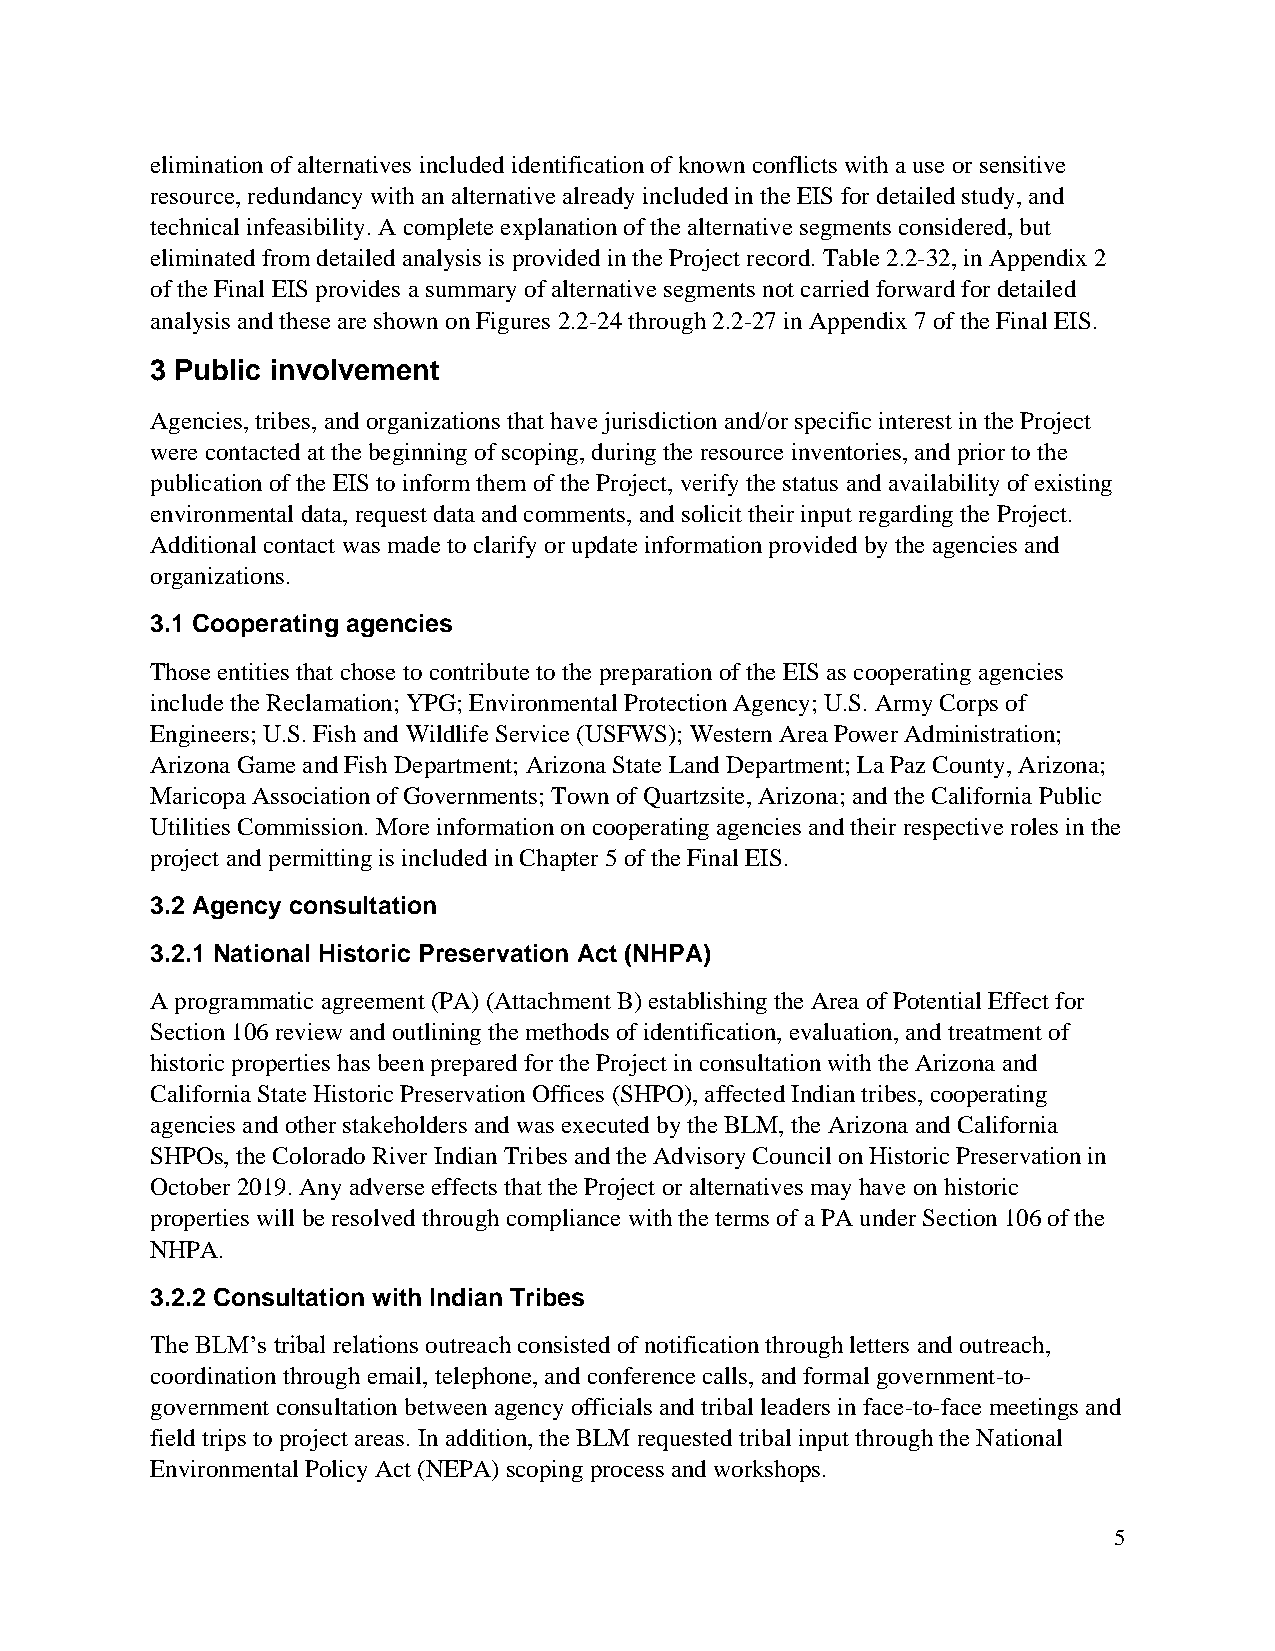
elimination of alternatives included identification of known conflicts with a use or sensitive
 resource, redundancy with an alternative already included in the EIS for detailed study, and
 technical infeasibility. A complete explanation of the alternative segments considered, but
 eliminated from detailed analysis is provided in the Project record. Table 2.2-32, in Appendix 2
 of the Final EIS provides a summary of alternative segments not carried forward for detailed
 analysis and these are shown on Figures 2.2-24 through 2.2-27 in Appendix 7 of the Final EIS.
 3 Public involvement
 Agencies, tribes, and organizations that have jurisdiction and/or specific interest in the Project
 were contacted at the beginning of scoping, during the resource inventories, and prior to the
 publication of the EIS to inform them of the Project, verify the status and availability of existing
 environmental data, request data and comments, and solicit their input regarding the Project.
 Additional contact was made to clarify or update information provided by the agencies and
 organizations.
 3.1 Cooperating agencies
 Those entities that chose to contribute to the preparation of the EIS as cooperating agencies
 include the Reclamation; YPG; Environmental Protection Agency; U.S. Army Corps of
 Engineers; U.S. Fish and Wildlife Service (USFWS); Western Area Power Administration;
 Arizona Game and Fish Department; Arizona State Land Department; La Paz County, Arizona;
 Maricopa Association of Governments; Town of Quartzsite, Arizona; and the California Public
 Utilities Commission. More information on cooperating agencies and their respective roles in the
 project and permitting is included in Chapter 5 of the Final EIS.
 3.2 Agency consultation
 3.2.1 National Historic Preservation Act (NHPA)
 A programmatic agreement (PA) (Attachment B) establishing the Area of Potential Effect for
 Section 106 review and outlining the methods of identification, evaluation, and treatment of
 historic properties has been prepared for the Project in consultation with the Arizona and
 California State Historic Preservation Offices (SHPO), affected Indian tribes, cooperating
 agencies and other stakeholders and was executed by the BLM, the Arizona and California
 SHPOs, the Colorado River Indian Tribes and the Advisory Council on Historic Preservation in
 October 2019. Any adverse effects that the Project or alternatives may have on historic
 properties will be resolved through compliance with the terms of a PA under Section 106 of the
 NHPA.
 3.2.2 Consultation with Indian Tribes
 The BLM’s tribal relations outreach consisted of notification through letters and outreach,
 coordination through email, telephone, and conference calls, and formal government-to-
 government consultation between agency officials and tribal leaders in face-to-face meetings and
 field trips to project areas. In addition, the BLM requested tribal input through the National
 Environmental Policy Act (NEPA) scoping process and workshops.
 5